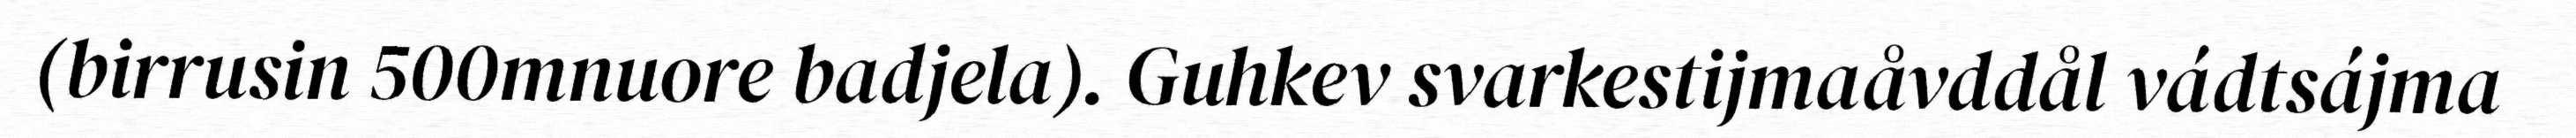
(birrusin 500mnuore badjela). Guhkev svarkestijmaåvddål vádtsájma